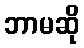
ဘာမဆို